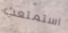
استمتعت